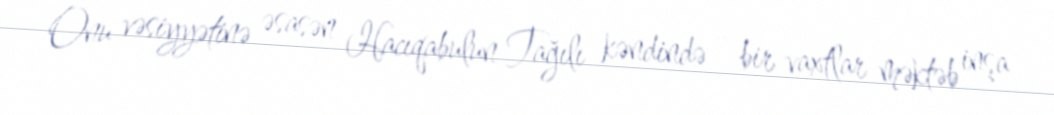
Onu vəsiyyətinə əsasən Hacıqabulun Tağılı kəndində - bir vaxtlar məktəb inşa